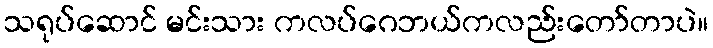
သရုပ်ဆောင် မင်းသား ကလပ်ဂေဘယ်ကလည်းတော်တာပဲ။